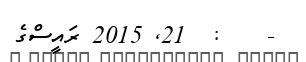
-    :  21